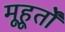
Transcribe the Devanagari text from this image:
मूहूर्तों